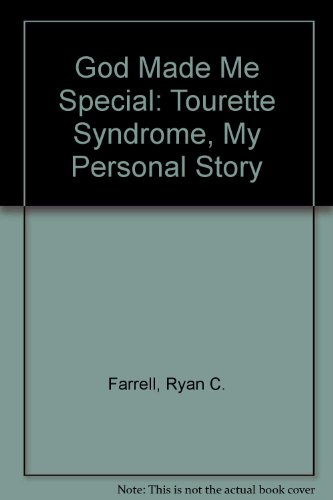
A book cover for God Made Me Special: Tourette Syndrome, My Personal Story; Ryan C. Farrell; Health, Fitness & Dieting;